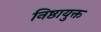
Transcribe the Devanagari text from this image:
निष्ठायुक्त